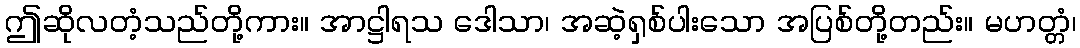
ဤဆိုလတံ့သည်တို့ကား။ အာဋ္ဌါရသ ဒေါသာ၊ အဆဲ့ရှစ်ပါးသော အပြစ်တို့တည်း။ မဟတ္တံ၊